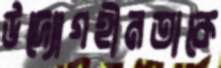
উদ্যোগহীনতাকে